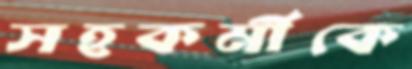
সহকর্মীকে